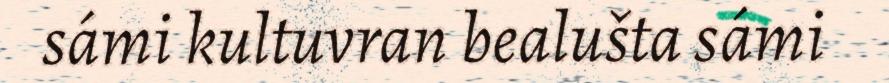
sámi kultuvran bealušta sámi